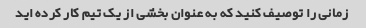
زمانی را توصیف کنید که به عنوان بخشی از یک تیم کار کرده اید